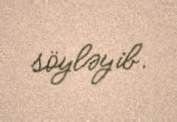
söyləyib.